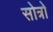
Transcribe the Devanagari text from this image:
सोत्रो